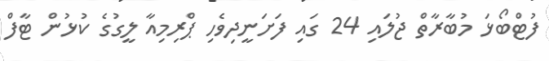
ފުޓްބޯޅަ މުބާރާތް ޖުލައި 24 ގައި ފަށަނީދިވެހި ޕްރިމިއާ ލީގުގެ ކުޅުން ޓާފް